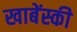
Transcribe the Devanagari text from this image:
खाबेंस्की